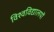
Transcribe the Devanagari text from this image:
विश्‍वविद्यालयों